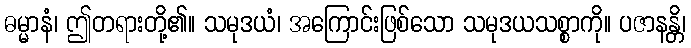
ဓမ္မာနံ၊ ဤတရားတို့၏။ သမုဒယံ၊ အကြောင်းဖြစ်သော သမုဒယသစ္စာကို။ ပဇာနန္တိ၊